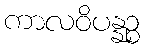
ကာလဝိပန္နဉ္စ